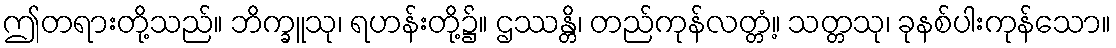
ဤတရားတို့သည်။ ဘိက္ခူသု၊ ရဟန်းတို့၌။ ဌဿန္တိ၊ တည်ကုန်လတ္တံ့။ သတ္တသု၊ ခုနစ်ပါးကုန်သော။